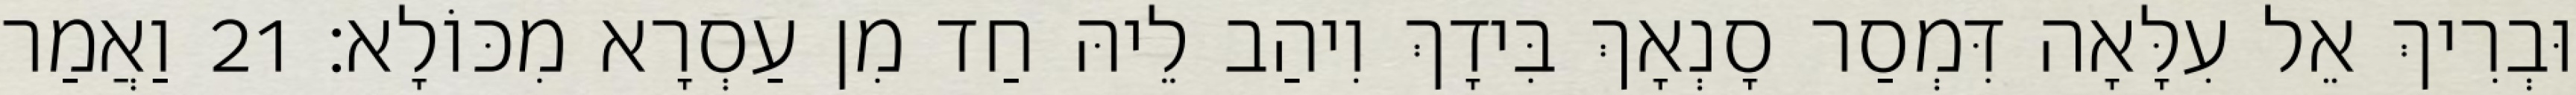
וּבְרִיךְ אֵל עִלָּאָה דִּמְסַר סָנְאָךְ בִּידָךְ וִיהַב לֵיהּ חַד מִן עַסְרָא מִכּוֹלָא׃ 21 וַאֲמַר